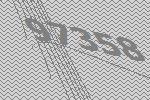
97358